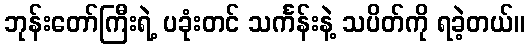
ဘုန်းတော်ကြီးရဲ့ ပခုံးတင် သင်္ကန်းနဲ့ သပိတ်ကို ရခဲ့တယ်။